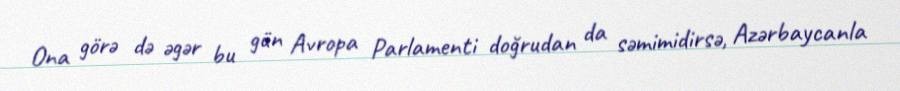
Ona görə də əgər bu gün Avropa Parlamenti doğrudan da səmimidirsə, Azərbaycanla